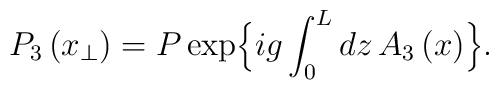
P_{3} \left(x_{\perp}\right) =  P\exp\Bigl\{ig\int_{0}^{L} dz\,  A_{3}\left(x\right)  \Bigr\}.